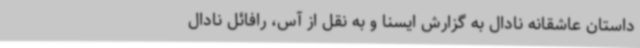
داستان عاشقانه نادال به گزارش ایسنا و به نقل از آس، رافائل نادال